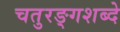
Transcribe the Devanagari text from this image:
चतुरङ्गशब्दे